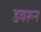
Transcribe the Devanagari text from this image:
डवरून